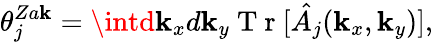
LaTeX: \theta_{j}^{Za\mathbf{k}}=\intd\mathbf{k}_{x}d\mathbf{k}_{y}\mathrm{{~T~r~}}[\hat{{A_{j}}}(\mathbf{k}_{x},\mathbf{k}_{y})],